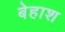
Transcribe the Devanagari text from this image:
बेहाश